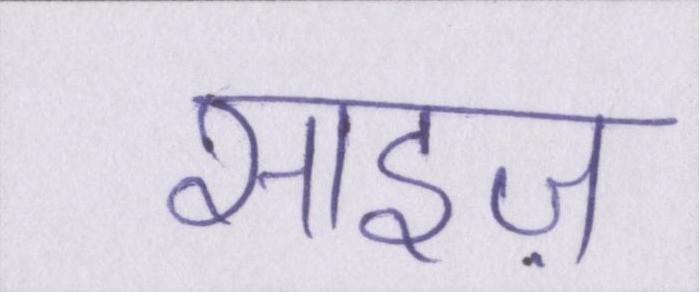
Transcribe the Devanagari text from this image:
साइज़